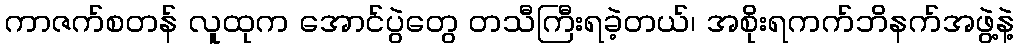
ကာဇက်စတန် လူထုက အောင်ပွဲတွေ တသီကြီးရခဲ့တယ်၊ အစိုးရကက်ဘိနက်အဖွဲ့နဲ့